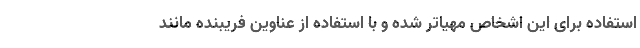
استفاده برای این اشخاص مهیاتر شده و با استفاده از عناوین فریبنده مانند